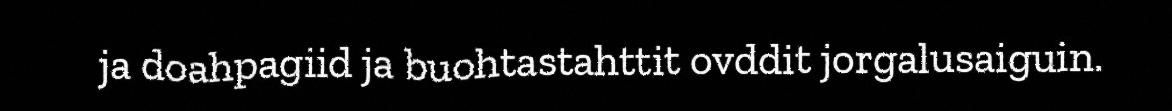
ja doahpagiid ja buohtastahttit ovddit jorgalusaiguin.